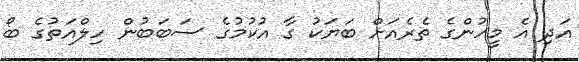
އަދި އެ މީހުންގެ ތެރެއަށް ބަޔަކު ގާ އުކުމުގެ ސަބަބުން ހިލްއަތުގެ ބޯ